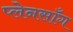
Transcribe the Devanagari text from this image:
प्लेनसाँग